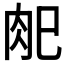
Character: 𰮆